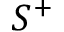
S ^ { + }